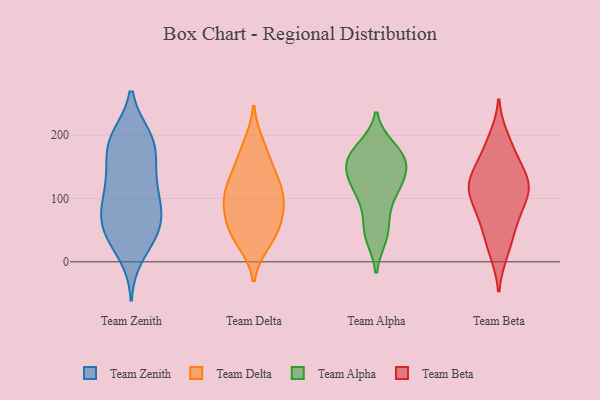
{"axis": {"x": "Production Output", "y": "Value"}, "legend": ["Team Alpha", "Team Beta", "Team Delta", "Team Zenith"], "data": [{"x": "", "y": 109, "type": "Team Zenith"}, {"x": "", "y": 140, "type": "Team Zenith"}, {"x": "", "y": 43, "type": "Team Zenith"}, {"x": "", "y": 197, "type": "Team Zenith"}, {"x": "", "y": 195, "type": "Team Zenith"}, {"x": "", "y": 188, "type": "Team Zenith"}, {"x": "", "y": 102, "type": "Team Zenith"}, {"x": "", "y": 194, "type": "Team Zenith"}, {"x": "", "y": 149, "type": "Team Zenith"}, {"x": "", "y": 97, "type": "Team Zenith"}, {"x": "", "y": 82, "type": "Team Zenith"}, {"x": "", "y": 11, "type": "Team Zenith"}, {"x": "", "y": 143, "type": "Team Zenith"}, {"x": "", "y": 53, "type": "Team Zenith"}, {"x": "", "y": 37, "type": "Team Zenith"}, {"x": "", "y": 182, "type": "Team Zenith"}, {"x": "", "y": 79, "type": "Team Zenith"}, {"x": "", "y": 54, "type": "Team Zenith"}, {"x": "", "y": 57, "type": "Team Zenith"}, {"x": "", "y": 53, "type": "Team Delta"}, {"x": "", "y": 31, "type": "Team Delta"}, {"x": "", "y": 102, "type": "Team Delta"}, {"x": "", "y": 120, "type": "Team Delta"}, {"x": "", "y": 97, "type": "Team Delta"}, {"x": "", "y": 130, "type": "Team Delta"}, {"x": "", "y": 37, "type": "Team Delta"}, {"x": "", "y": 169, "type": "Team Delta"}, {"x": "", "y": 56, "type": "Team Delta"}, {"x": "", "y": 86, "type": "Team Delta"}, {"x": "", "y": 82, "type": "Team Delta"}, {"x": "", "y": 185, "type": "Team Delta"}, {"x": "", "y": 137, "type": "Team Delta"}, {"x": "", "y": 111, "type": "Team Alpha"}, {"x": "", "y": 112, "type": "Team Alpha"}, {"x": "", "y": 153, "type": "Team Alpha"}, {"x": "", "y": 100, "type": "Team Alpha"}, {"x": "", "y": 165, "type": "Team Alpha"}, {"x": "", "y": 72, "type": "Team Alpha"}, {"x": "", "y": 49, "type": "Team Alpha"}, {"x": "", "y": 164, "type": "Team Alpha"}, {"x": "", "y": 39, "type": "Team Alpha"}, {"x": "", "y": 159, "type": "Team Alpha"}, {"x": "", "y": 180, "type": "Team Alpha"}, {"x": "", "y": 141, "type": "Team Alpha"}, {"x": "", "y": 126, "type": "Team Alpha"}, {"x": "", "y": 177, "type": "Team Alpha"}, {"x": "", "y": 129, "type": "Team Alpha"}, {"x": "", "y": 41, "type": "Team Alpha"}, {"x": "", "y": 173, "type": "Team Alpha"}, {"x": "", "y": 141, "type": "Team Alpha"}, {"x": "", "y": 116, "type": "Team Beta"}, {"x": "", "y": 54, "type": "Team Beta"}, {"x": "", "y": 134, "type": "Team Beta"}, {"x": "", "y": 116, "type": "Team Beta"}, {"x": "", "y": 101, "type": "Team Beta"}, {"x": "", "y": 65, "type": "Team Beta"}, {"x": "", "y": 15, "type": "Team Beta"}, {"x": "", "y": 187, "type": "Team Beta"}, {"x": "", "y": 152, "type": "Team Beta"}, {"x": "", "y": 19, "type": "Team Beta"}, {"x": "", "y": 117, "type": "Team Beta"}, {"x": "", "y": 86, "type": "Team Beta"}, {"x": "", "y": 108, "type": "Team Beta"}, {"x": "", "y": 167, "type": "Team Beta"}, {"x": "", "y": 123, "type": "Team Beta"}, {"x": "", "y": 195, "type": "Team Beta"}, {"x": "", "y": 60, "type": "Team Beta"}, {"x": "", "y": 138, "type": "Team Beta"}]}